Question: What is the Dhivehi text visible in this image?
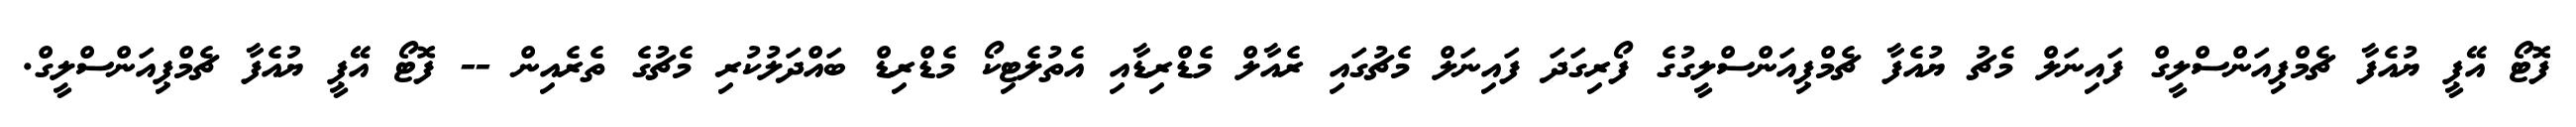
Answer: ފޮޓޯ އޭޕީ ޔުއެފާ ޗެމްޕިއަންސްލީގް ފައިނަލް މެޗު ޔުއެފާ ޗެމްޕިއަންސްލީގުގެ ފޯރިގަދަ ފައިނަލް މެޗުގައި ރެއާލް މެޑްރިޑާއި އެތުލެޓިކޯ މެޑްރިޑް ބައްދަލުކުރި މެޗުގެ ތެރެއިން -- ފޮޓޯ އޭޕީ ޔުއެފާ ޗެމްޕިއަންސްލީގް.